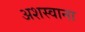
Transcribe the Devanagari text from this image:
अशस्वाना